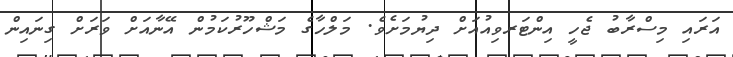
އަރައި މިސްރާބު ޖެހީ އިންޓަރވިއުއަށް ދިޔުމަށެވެ. މަލްހާގެ މަޝްހޫރުކަމުން އޭނާއަށް ވަރަށް ގިނައިން